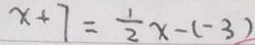
x + 7 = \frac { 1 } { 2 } x - ( - 3 )